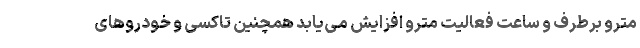
مترو برطرف و ساعت فعالیت مترو افزایش می‌یابد همچنین تاکسی و خودروهای